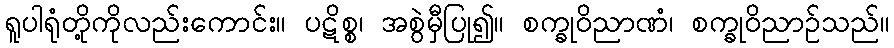
ရူပါရုံတို့ကိုလည်းကောင်း။ ပဋိစ္စ၊ အစွဲမှီပြု၍။ စက္ခုဝိညာဏံ၊ စက္ခုဝိညာဉ်သည်။